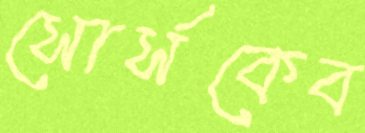
সোর্সকেব